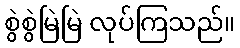
စွဲစွဲမြဲမြဲ လုပ်ကြသည်။